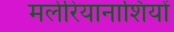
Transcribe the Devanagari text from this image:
मलेरियानाशियों